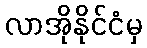
လာအိုနိုင်ငံမှ